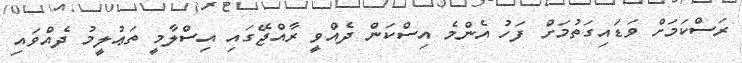
ރަސްކަމަށް ވަޑައިގަތުމަށް ފަހު އެންމެ އިސްކަން ދެއްވީ ރާއްޖޭގައި އިސްލާމީ ތަޢުުލީމު ދެއްވައި